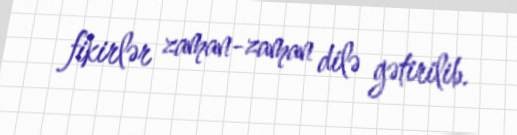
fikirlər zaman-zaman dilə gətirilib.